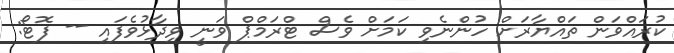
ކުރައްވަން ތައްޔާރަށް ހުންނެވި ކަމަށް ވެސް ޓްރަމްޕް ވަނީ ވިދާޅުވެފައި -- ފޮޓޯ: